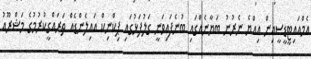
އެމްއައިޓީޑީސީއިން އިއްޔެ ނެރުނު ބަޔާނެއްގައި ބުނެފައިވަނީ ގަލުފަޅުގައި ޕިކްނިކް އައިލެންޑެއް ތަރައްގީކުރުމުގެ މަޝްރޫއު